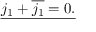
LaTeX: \underline { { j _ { 1 } + { \overline { { j _ { 1 } } } } = 0 . } }